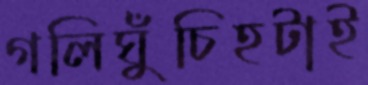
গলিঘুঁচিহটাই